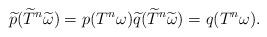
LaTeX: \begin{align*} \widetilde p(\widetilde T^n \widetilde \omega)= p(T^n \omega) \widetilde q(\widetilde T^n \widetilde \omega) = q(T^n \omega).\end{align*}